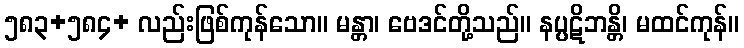
၅၈၃+၅၈၄+ လည်းဖြစ်ကုန်သော။ မန္တာ၊ ဗေဒင်တို့သည်။ နပ္ပဋိဘန္တိ၊ မထင်ကုန်။